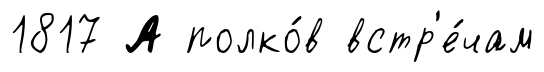
1817 А полко́в встр'е́чам